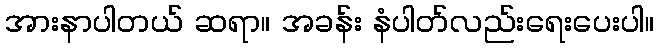
အားနာပါတယ် ဆရာ။ အခန်း နံပါတ်လည်းရေးပေးပါ။